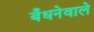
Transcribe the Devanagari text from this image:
बँधनेवाले